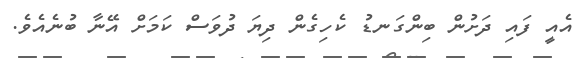
އެއީ ފައި ދަށުން ބިންގަނޑު ކެހިގެން ދިޔަ ދުވަސް ކަމަށް އޭނާ ބުނެއެވެ.